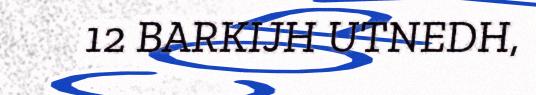
12 BARKIJH UTNEDH,